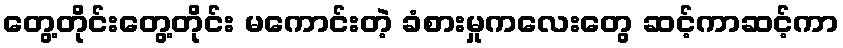
တွေ့တိုင်းတွေ့တိုင်း မကောင်းတဲ့ ခံစားမှုကလေးတွေ ဆင့်ကာဆင့်ကာ